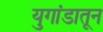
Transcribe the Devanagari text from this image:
युगांडातून